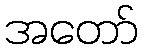
အတော်